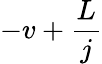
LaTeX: -v+\frac{L}{j}